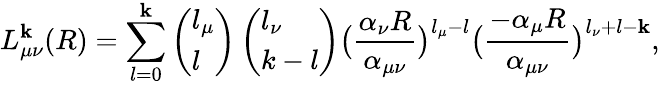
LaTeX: L_{\mu\nu}^{\mathbf{k}}(R)=\sum_{l=0}^{\mathbf{k}}\left(\begin{array}{l}{l_{\mu}}\\ {l}\end{array}\right)\left(\begin{array}{l}{l_{\nu}}\\ {k-l}\end{array}\right)\big(\frac{{\alpha_{\nu}R}}{{\alpha_{\mu\nu}}}\big)^{l_{\mu}-l}\big(\frac{{-\alpha_{\mu}R}}{{\alpha_{\mu\nu}}}\big)^{l_{\nu}+l-\mathbf{k}},